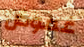
غموض